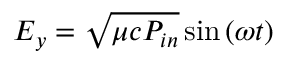
E _ { y } = \sqrt { \mu c P _ { i n } } \sin { ( \omega t ) }